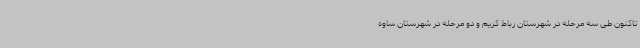
تاکنون طی سه مرحله در شهرستان رباط کریم و دو مرحله در شهرستان ساوه